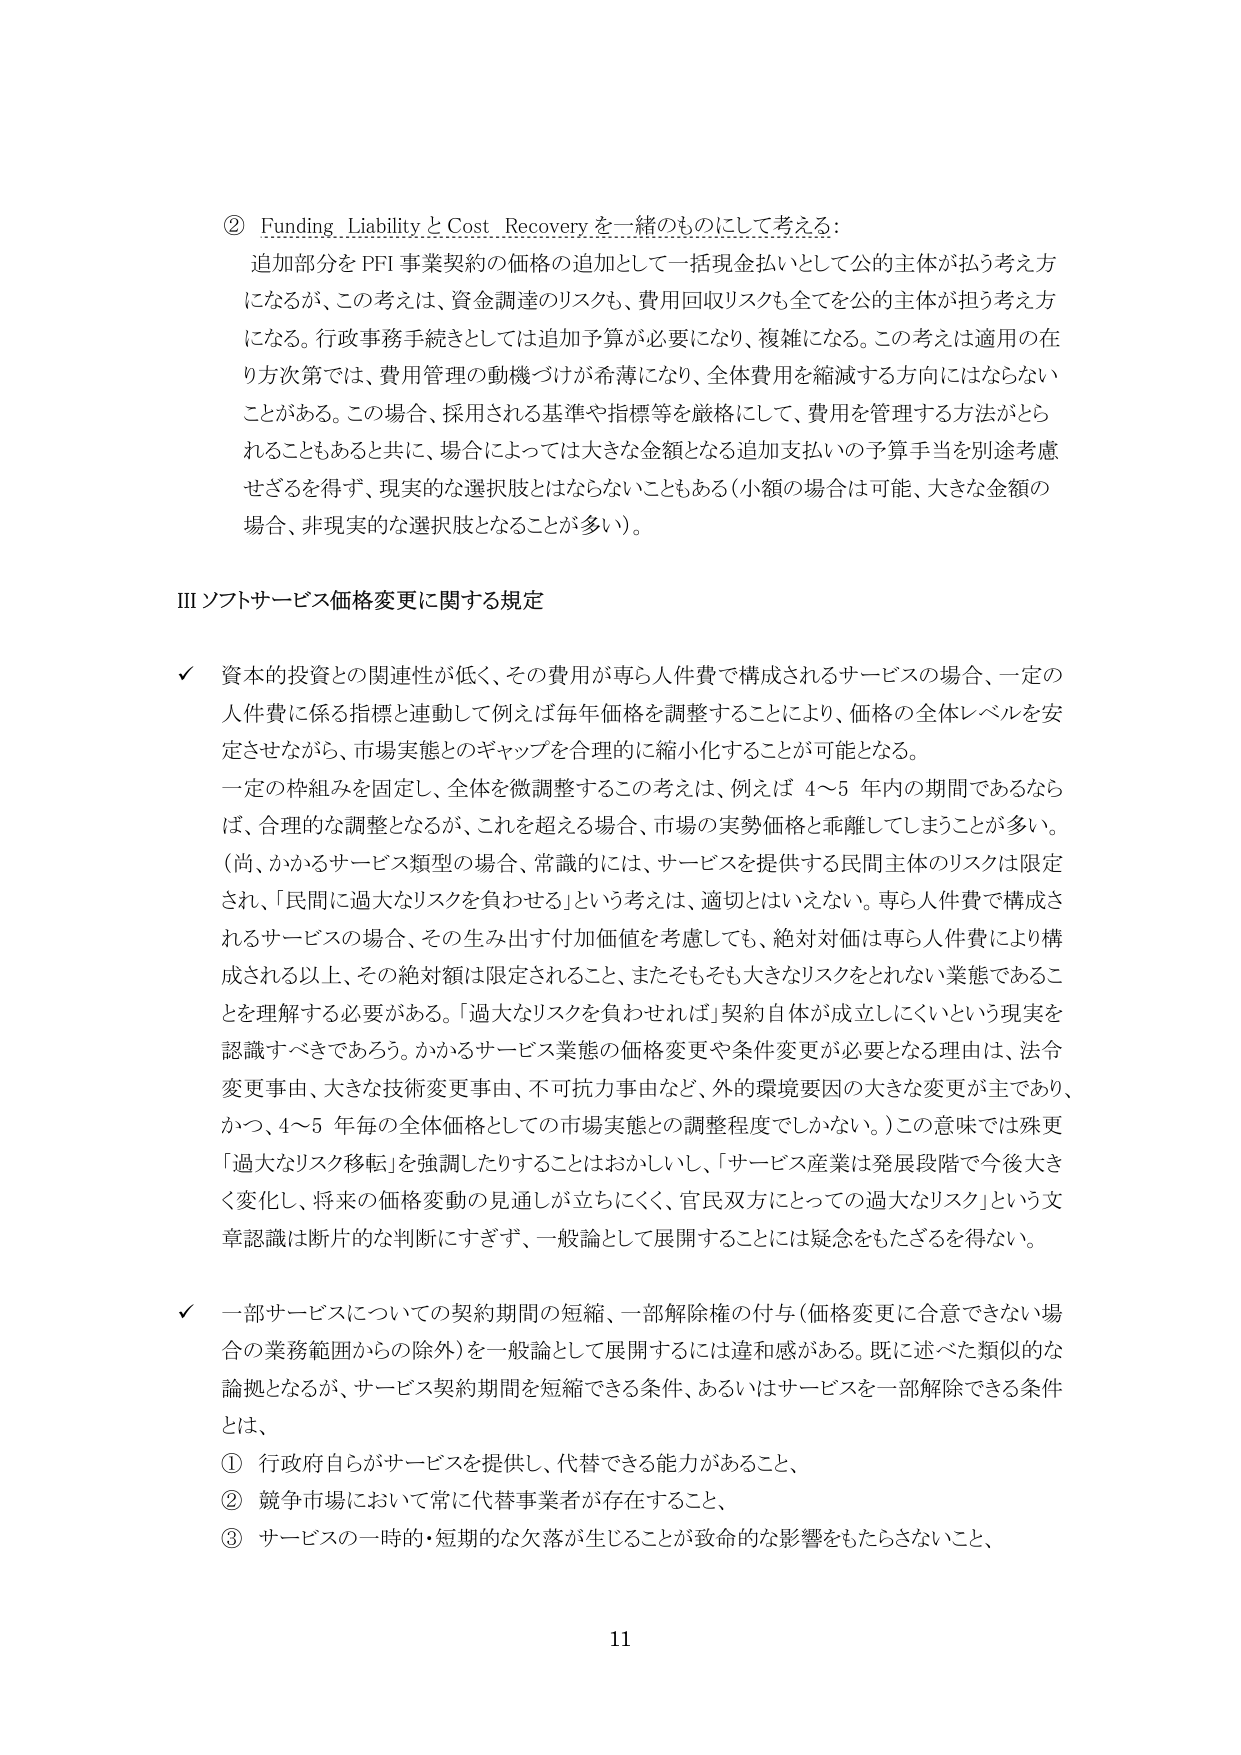
② Funding, Liability と Cost Recovery を一緒のものにして考える：
追加部分を PFI 事業契約の価格の追加として一括現金払いとして公的主体が払う考え方になるが、この考えは、資金調達のリスクも、費用回収リスクも全てを公的主体が担う考え方になる。行政事務手続きとしては追加予算が必要になり、複雑になる。この考えは適用の在り方次第では、費用管理の動機づけが希薄になり、全体費用を縮減する方向にはならないことがある。この場合、採用される基準や指標等を厳格にして、費用を管理する方法がとられることもあると共に、場合によっては大きな金額となる追加支払いの予算手当を別途考慮せざるを得ず、現実的な選択肢とはならないこともある（小額の場合は可能、大きな金額の場合、非現実的な選択肢となることが多い）。

III ソフトサービス価格変更に関する規定

✓ 資本的投資との関連性が低く、その費用が専ら人件費で構成されるサービスの場合、一定の人件費に係る指標と連動して例えば毎年価格を調整することにより、価格の全体レベルを安定させながら、市場実態とのギャップを合理的に縮小化することが可能となる。
一定の枠組みを固定し、全体を微調整するこの考えは、例えば 4～5 年内の期間であるならば、合理的な調整となるが、これを超える場合、市場の実勢価格と乖離してしまうことが多い。
（尚、かかるサービス類型の場合、常識的には、サービスを提供する民間主体のリスクは限定され、「民間に過大なリスクを負わせる」という考えは、適切とはいえない。専ら人件費で構成されるサービスの場合、その生み出す付加価値を考慮しても、絶対対価は専ら人件費により構成される以上、その絶対額は限定されること、またそもそも大きなリスクをとれない業態であることを理解する必要がある。「過大なリスクを負わせれば」契約自体が成立しにくいという現実を認識すべきであろう。かかるサービス業態の価格変更や条件変更が必要となる理由は、法令変更事由、大きな技術変更事由、不可抗力事由など、外的環境要因の大きな変更が主であり、かつ、4～5 年毎の全体価格としての市場実態との調整程度でしかない。）この意味では殊更「過大なリスク移転」を強調したりすることはおかしいし、「サービス産業は発展段階で今後大きく変化し、将来の価格変動の見通しが立ちにくく、官民双方にとっての過大なリスク」という文章認識は断片的な判断にすぎず、一般論として展開することには疑念をもたざるを得ない。

✓ 一部サービスについての契約期間の短縮、一部解除権の付与（価格変更に合意できない場合の業務範囲からの除外）を一般論として展開するには違和感がある。既に述べた類似的な論拠となるが、サービス契約期間を短縮できる条件、あるいはサービスを一部解除できる条件とは、
① 行政府自らがサービスを提供し、代替できる能力があること、
② 競争市場において常に代替事業者が存在すること、
③ サービスの一時的・短期的な欠落が生じることが致命的な影響をもたらさないこと、

11